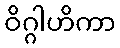
ဝိဂ္ဂါဟိကာ